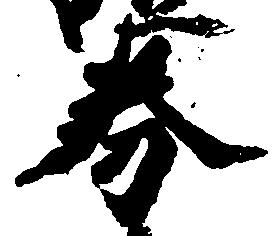
券